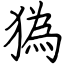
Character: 㺔